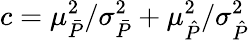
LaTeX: c=\mu_{\bar{P}}^{2}/\sigma_{\bar{P}}^{2}+\mu_{\hat{P}}^{2}/\sigma_{\hat{P}}^{2}